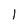
Character: 1